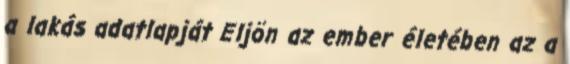
a lakás adatlapját Eljön az ember életében az a